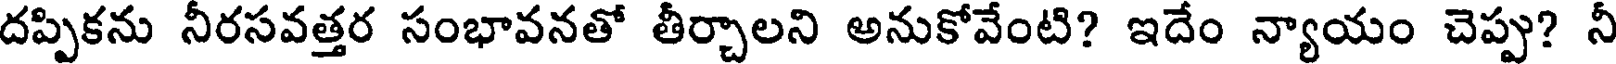
దప్పికను నీరసవత్తర సంభావనతో తీర్చాలని అనుకోవేంటి? ఇదేం న్యాయం చెప్పు? నీ